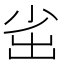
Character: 𡭲